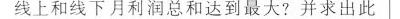
线上和线下月利润总和达到最大?并求